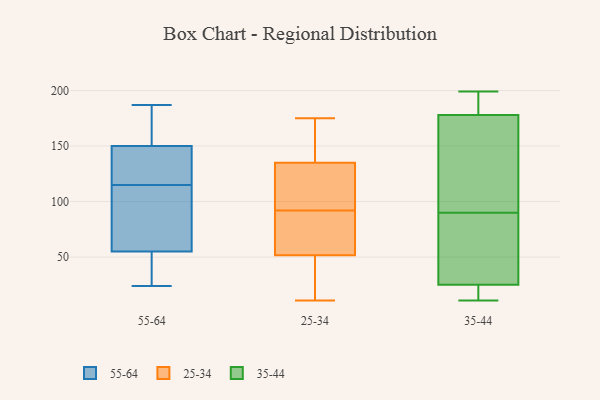
{"axis": {"x": "Gross Profit (USD K)", "y": "Value"}, "legend": ["25-34", "35-44", "55-64"], "data": [{"x": "", "y": 113, "type": "55-64"}, {"x": "", "y": 117, "type": "55-64"}, {"x": "", "y": 24, "type": "55-64"}, {"x": "", "y": 146, "type": "55-64"}, {"x": "", "y": 96, "type": "55-64"}, {"x": "", "y": 46, "type": "55-64"}, {"x": "", "y": 28, "type": "55-64"}, {"x": "", "y": 117, "type": "55-64"}, {"x": "", "y": 38, "type": "55-64"}, {"x": "", "y": 187, "type": "55-64"}, {"x": "", "y": 150, "type": "55-64"}, {"x": "", "y": 170, "type": "55-64"}, {"x": "", "y": 163, "type": "55-64"}, {"x": "", "y": 55, "type": "55-64"}, {"x": "", "y": 84, "type": "55-64"}, {"x": "", "y": 178, "type": "55-64"}, {"x": "", "y": 77, "type": "55-64"}, {"x": "", "y": 124, "type": "55-64"}, {"x": "", "y": 101, "type": "25-34"}, {"x": "", "y": 131, "type": "25-34"}, {"x": "", "y": 90, "type": "25-34"}, {"x": "", "y": 142, "type": "25-34"}, {"x": "", "y": 92, "type": "25-34"}, {"x": "", "y": 51, "type": "25-34"}, {"x": "", "y": 95, "type": "25-34"}, {"x": "", "y": 62, "type": "25-34"}, {"x": "", "y": 44, "type": "25-34"}, {"x": "", "y": 148, "type": "25-34"}, {"x": "", "y": 11, "type": "25-34"}, {"x": "", "y": 141, "type": "25-34"}, {"x": "", "y": 54, "type": "25-34"}, {"x": "", "y": 136, "type": "25-34"}, {"x": "", "y": 42, "type": "25-34"}, {"x": "", "y": 132, "type": "25-34"}, {"x": "", "y": 175, "type": "25-34"}, {"x": "", "y": 24, "type": "25-34"}, {"x": "", "y": 72, "type": "25-34"}, {"x": "", "y": 199, "type": "35-44"}, {"x": "", "y": 83, "type": "35-44"}, {"x": "", "y": 21, "type": "35-44"}, {"x": "", "y": 195, "type": "35-44"}, {"x": "", "y": 25, "type": "35-44"}, {"x": "", "y": 50, "type": "35-44"}, {"x": "", "y": 178, "type": "35-44"}, {"x": "", "y": 100, "type": "35-44"}, {"x": "", "y": 97, "type": "35-44"}, {"x": "", "y": 11, "type": "35-44"}]}